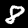
Label: 8